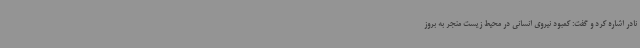
نادر اشاره کرد و گفت: کمبود نیروی انسانی در محیط زیست منجر به بروز